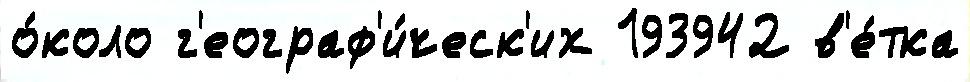
о́коло г'еограф'и́ческ'их 193942 в'е́тка